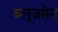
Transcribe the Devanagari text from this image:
ब्लूज़मेन